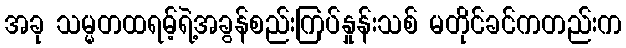
အခု သမ္မတထရမ့်ရဲ့အခွန်စည်းကြပ်နှုန်းသစ် မတိုင်ခင်ကတည်းက